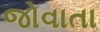
જોવાતા